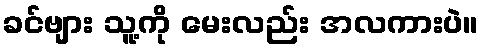
ခင်ဗျား သူ့ကို မေးလည်း အလကားပဲ။